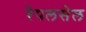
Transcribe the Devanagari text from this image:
रेपलसेल